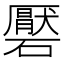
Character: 𮁑